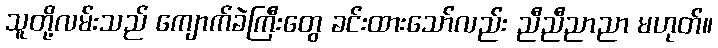
သူတို့လမ်းသည် ကျောက်ခဲကြီးတွေ ခင်းထားသော်လည်း ညီညီညာညာ မဟုတ်။